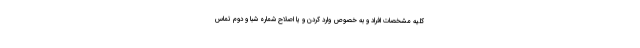
کلیه مشخصات افراد و به خصوص وارد کردن و یا اصلاح شماره شبا و دوم تماس